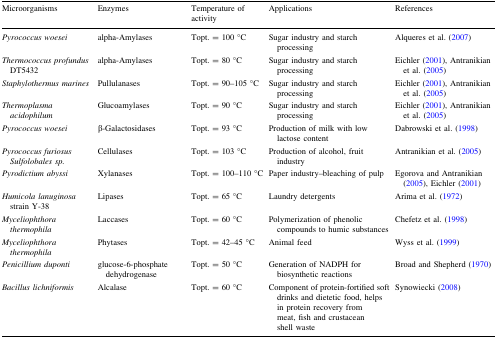
| Microorganisms | Enzymes | Temperature of activity | Applications | References |
 | --- | --- | --- | --- | --- |
 | Pyrococcus woesei | alpha-Amylases | Topt. = 100 °C | Sugar industry and starch processing | Alqueres et al. (2007) |
 | Thermococcus profundus DT5432 | alpha-Amylases | Topt. = 80 °C | Sugar industry and starch processing | Eichler (2001), Antranikian et al. (2005) |
 | Staphylothermus marines | Pullulanases | Topt. = 90–105 °C | Sugar industry and starch processing | Eichler (2001), Antranikian et al. (2005) |
 | Thermoplasma acidophilum | Glucoamylases | Topt. = 90 °C | Sugar industry and starch processing | Eichler (2001), Antranikian et al. (2005) |
 | Pyrococcus woesei | β-Galactosidases | Topt. = 93 °C | Production of milk with low lactose content | Dabrowski et al. (1998) |
 | Pyrococcus furiosus Sulfolobales sp. | Cellulases | Topt. = 103 °C | Production of alcohol, fruit industry | Antranikian et al. (2005) |
 | Pyrodictium abyssi | Xylanases | Topt. = 100–110 °C | Paper industry–bleaching of pulp | Egorova and Antranikian (2005), Eichler (2001) |
 | Humicola lanuginosa strain Y-38 | Lipases | Topt. = 65 °C | Laundry detergents | Arima et al. (1972) |
 | Myceliophthora thermophila | Laccases | Topt. = 60 °C | Polymerization of phenolic compounds to humic substances | Chefetz et al. (1998) |
 | Myceliophthora thermophila | Phytases | Topt. = 42–45 °C | Animal feed | Wyss et al. (1999) |
 | Penicillium duponti | glucose-6-phosphate dehydrogenase | Topt. = 50 °C | Generation of NADPH for biosynthetic reactions | Broad and Shepherd (1970) |
 | Bacillus lichniformis | Alcalase | Topt. = 60 °C | Component of protein-fortified soft drinks and dietetic food, helps in protein recovery from meat, fish and crustacean shell waste | Synowiecki (2008) |